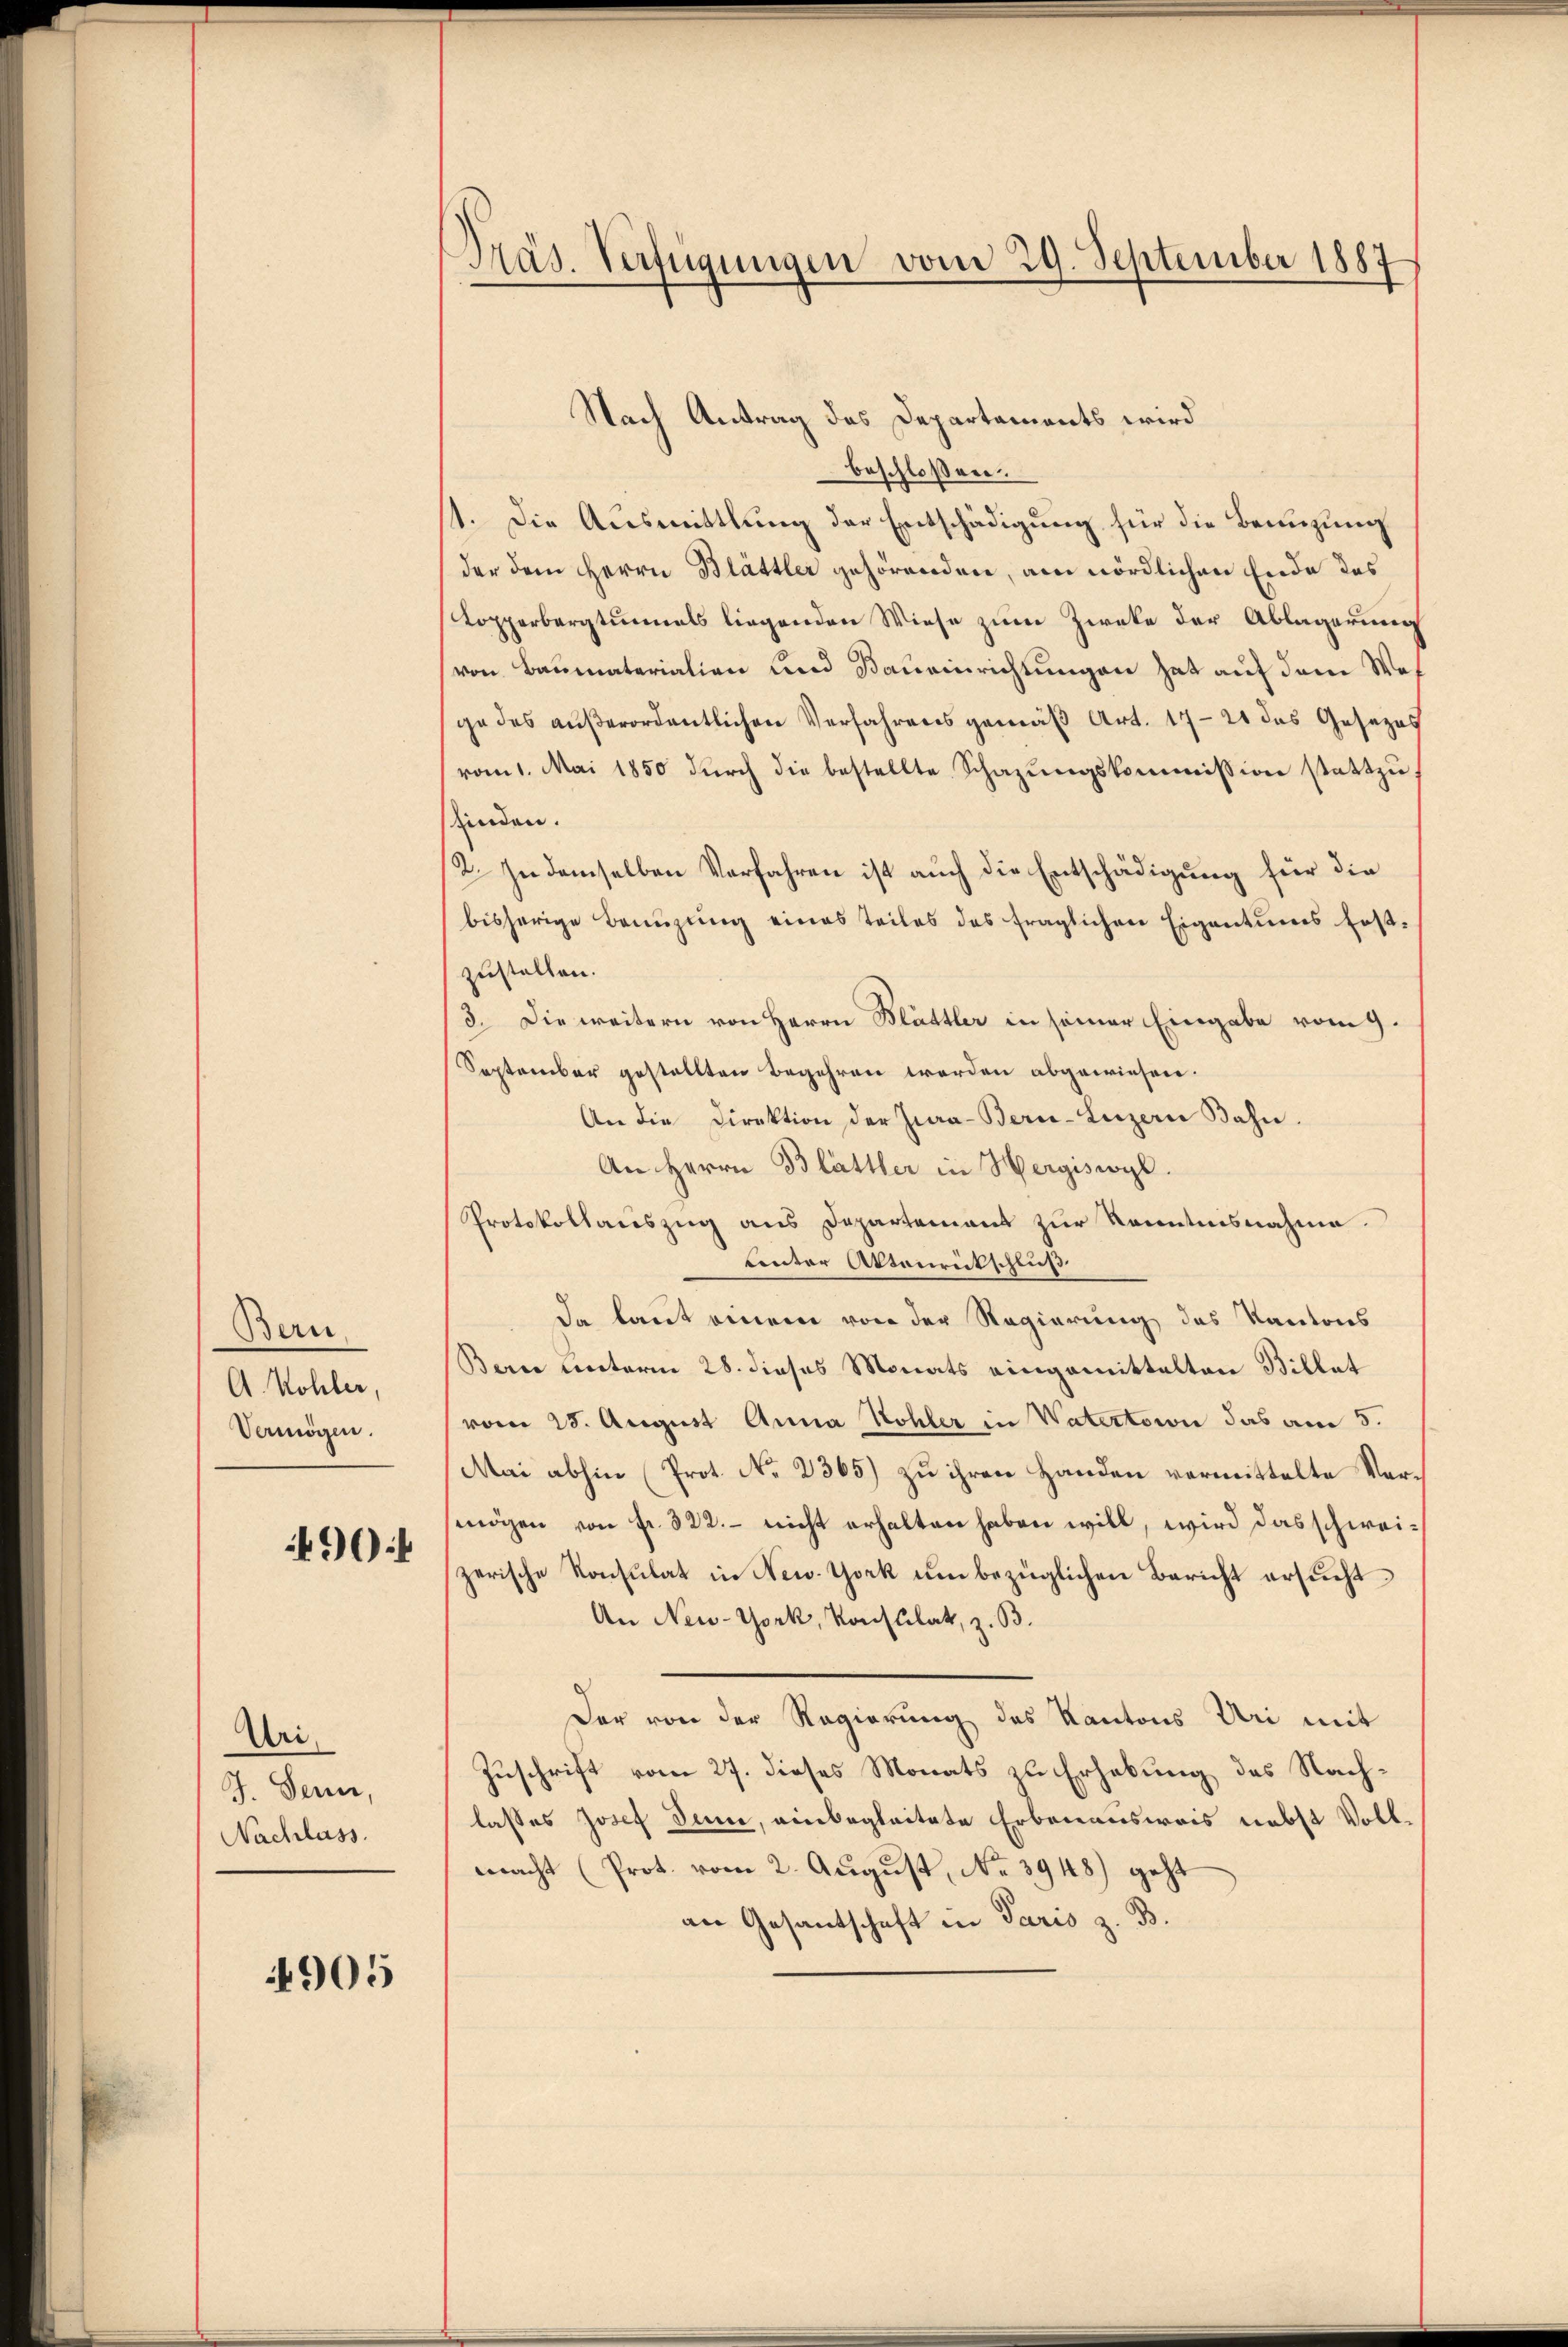
Bern
A. Kohler,
Vermögen.

490:

Uri,
J. Senn,
Nachlass.

4905

Präs. Verfügungen vom 29. September 1887

Nach Antrag des Departaments wird
beschloßen.
1. Die Ausmittlung der Entschädigung für die Benuzung
der dem Herrn Blättler gehörenden, am nördlichen Ende des
Topperbergturmals liegenden Wiese zum Zwecke der Ablagerung
von Baumaterialien und Baueinrichtungen hat auf dem Wes
ge des außerordentlichen Verfahrens gemäß Art. 1721 das Gesezes
vom 1. Mai 1850 dŭrch die bestellte Schazŭngskommission stattzŭ-
finden.
2. In demselben Verfahren ist auch die Entschädigung für die
bisherige Benuzung eines teiles des fraglichen Eigentums fest-
zustellen.
3. Die weitern von Herrn Blättler in seiner Eingabe vom 9.
September gestellten Begehren werden abgewiesen.
An die Direktion der Jura-Bern-Luzern Bahn.
An Herrn Blättler in Hergiswyl.
Protokollauszug aus Departement zur Kenntnisnahme.
 unter Aktenrückschluß
da kannt einem von der Regierung des Kantons
Berne unterm 28. dieses Monats eingemittelten Billet
vom 25. August Anna Kohler in Vatertaion das am 5.
Mai abhin (Prot. No 2365) zu ihren Handen vermittelte Vermögen von fr. 322. - nicht erhalten haben will, wird das schweizerische Konsulat in New-York um bezüglichen Bericht ersucht
An New-York, Konsulat, z. B.
Der von der Regierung des Kantons Uri mit
Zuschrift vom 27. dieses Monats zu Erhebung des Nachlasses Josef Dame, einbegleitete Erbenausweis nebst Vollmacht (Prot. vom 2. August, No 3948) geht
an Gesantschaft in Paris z. B.